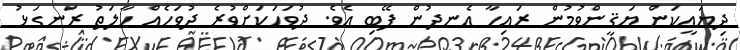
ދިޔައީކަން ޔަޤީންވުމުން ރައިހާ އެނދުން ފޭބި އެވެ. ދުވަހަކަށްވުރެ ދުވަހެއް ހާލަތު ރަނގަޅު